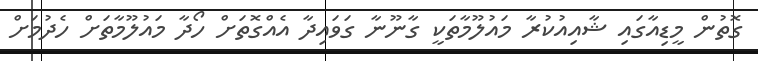
ގޮތުން މީޑިއާގައި ޝާއިއުކުރާ މައުލޫމާތަކީ ގާނޫނާ ގަވައިދާ އެއްގޮތަށް ހޯދާ މައުލޫމާތަށް ހެދުމަށް